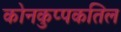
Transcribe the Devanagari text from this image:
कोनकुप्पकतिल